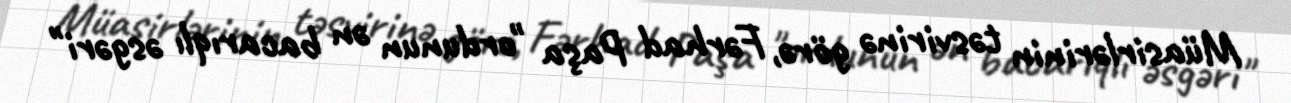
Müasirlərinin təsvirinə görə, Fərhad Paşa "ordunun ən bacarıqlı əsgəri"